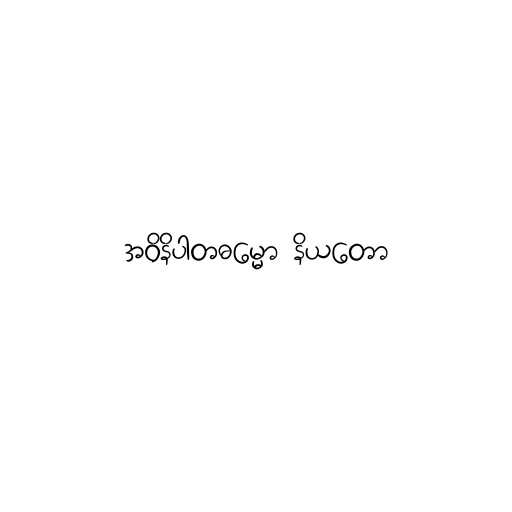
အဝိနိပါတဓမ္မော နိယတော